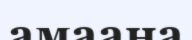
амаана